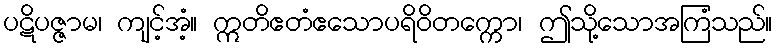
ပဋိပဇ္ဇာမ၊ ကျင့်အံ့။ ဣတိဧတံဧသောပရိဝိတက္ကော၊ ဤသို့သောအကြံသည်။